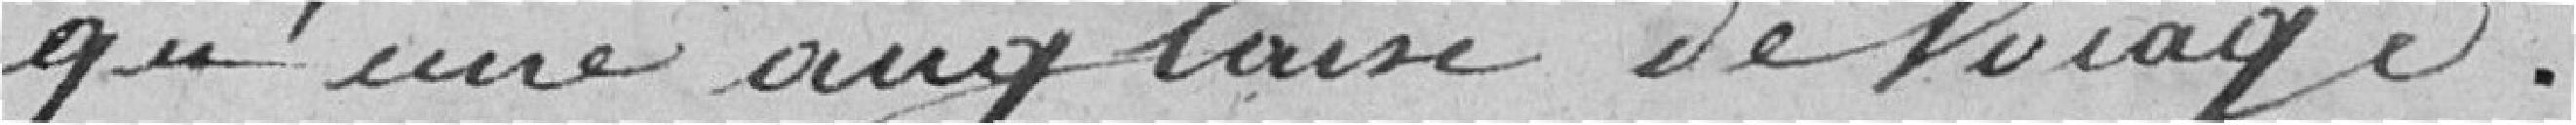
qu'une ----- de voyage.